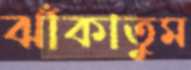
ঝাঁকাতুম